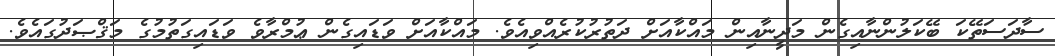
ސާދަސަތޭކަ ބޭކަލުންނާއިގެން މަދީނާއިން މައްކާއަށް ދަތުރުކުރެއްވިއެވެ. މައްކާއަށް ވަޑައިގެން ޢުމްރާވެ ވަޑައިގަތުމުގެ މަޤްޞަދުގައެވެ.